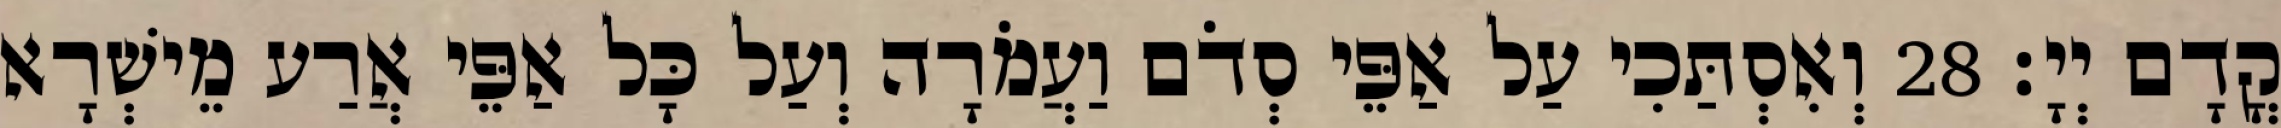
קֳדָם יְיָ׃ 28 וְאִסְתַּכִי עַל אַפֵּי סְדֹם וַעֲמֹרָה וְעַל כָּל אַפֵּי אֲרַע מֵישְׁרָא